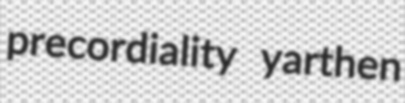
precordiality yarthen